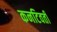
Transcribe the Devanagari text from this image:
कनटिवर्ती